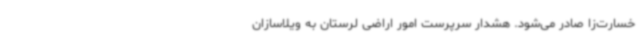
خسارت‌زا صادر می‌شود. هشدار سرپرست امور اراضی لرستان به ویلاسازان